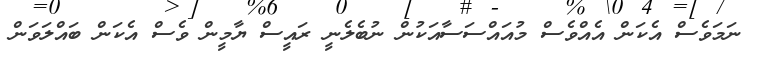
ނަމަވެސް އެކަން އެއްވެސް މުއައްސަސާއަކުން ނުބެލެނީ ރައީސް ޔާމީން ވެސް އެކަން ބައްލަވަން